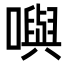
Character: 𡁎